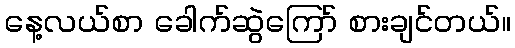
နေ့လယ်စာ ခေါက်ဆွဲကြော် စားချင်တယ်။